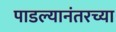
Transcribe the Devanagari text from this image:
पाडल्यानंतरच्या